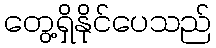
တွေ့ရှိနိုင်ပေသည်